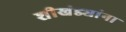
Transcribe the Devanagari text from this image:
शीखंड्यांना